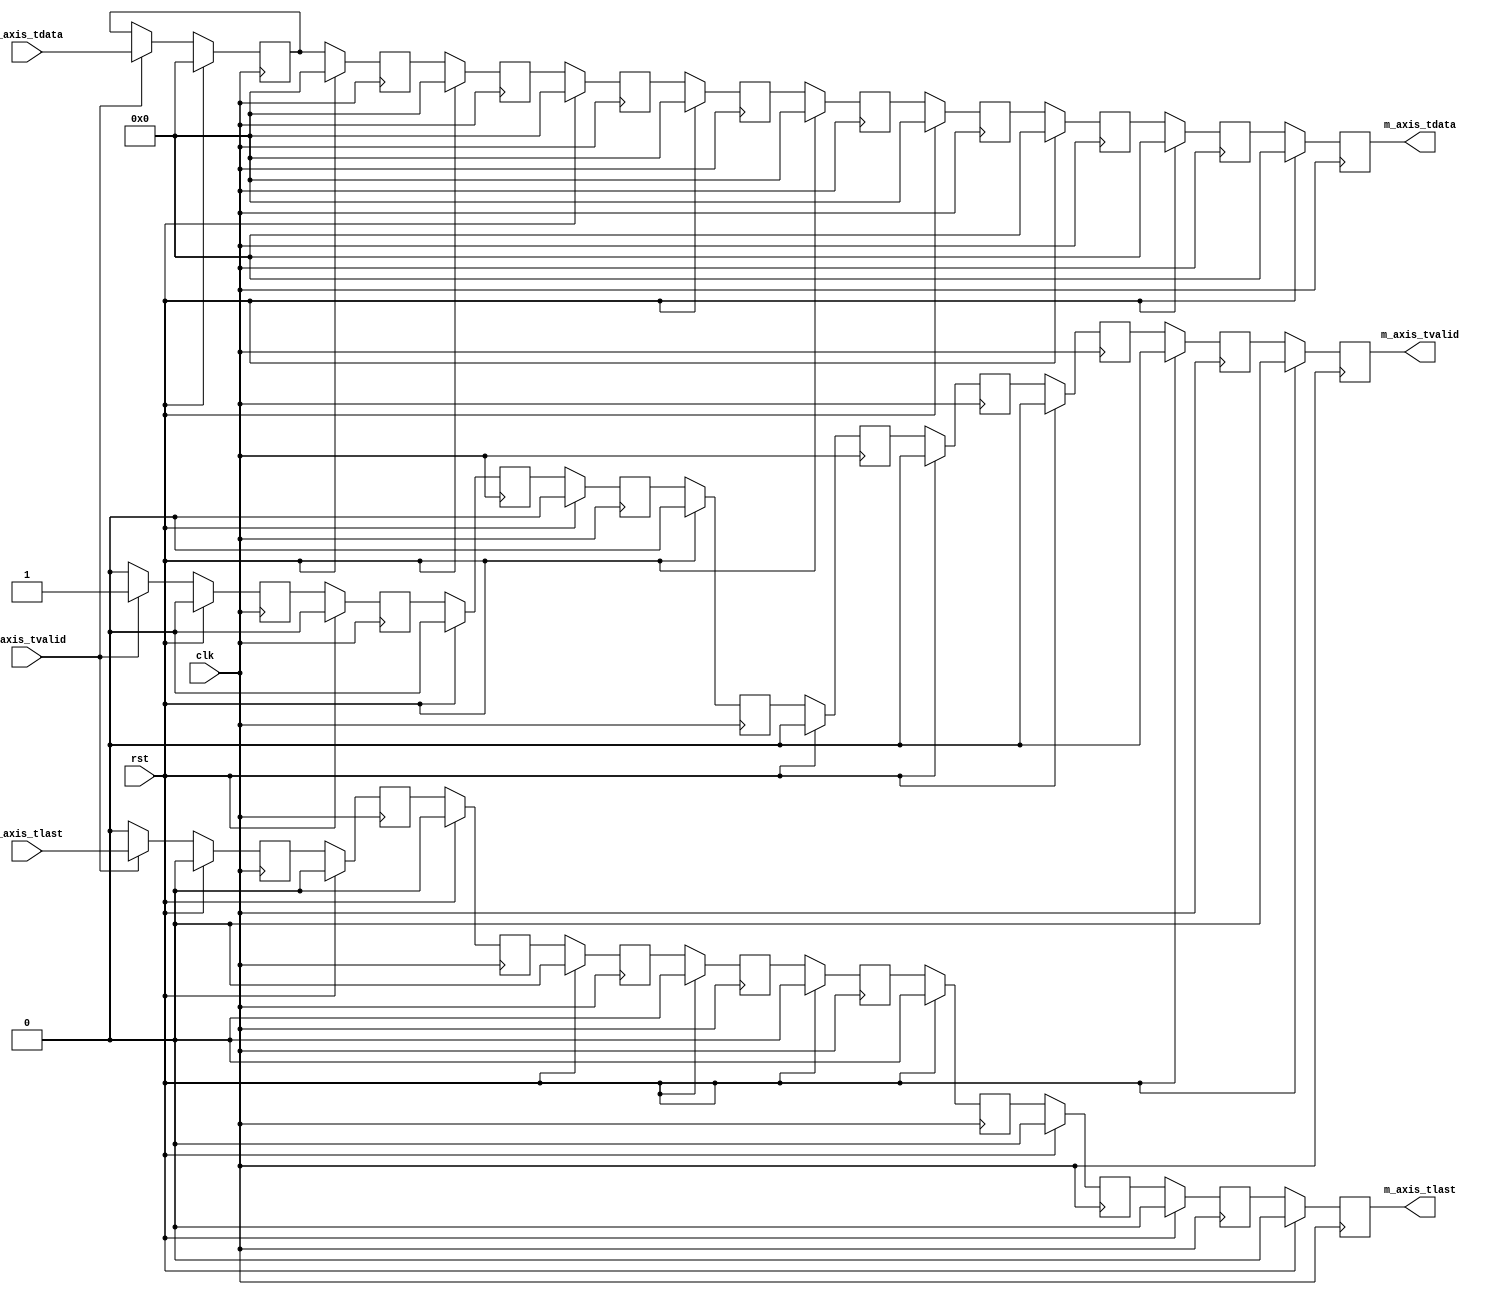
/*

Project: Lightning: A Reconfigurable Photonic-Electronic SmartNIC for Fast and Energy-Efficient Inference
Author: Zhizhen Zhong (zhizhenz@mit.edu)
Start Time: April 2022

*/

// Language: Verilog 2001

`resetall
`timescale 1ns / 1ps
`default_nettype none


module axis_delay # (
    parameter DATA_WIDTH = 8,
    parameter LATENCY = 10
)(
    input wire clk,
    input wire rst,

    input wire [DATA_WIDTH-1:0] s_axis_tdata,
    input wire s_axis_tvalid,
    input wire s_axis_tlast,

    output wire [DATA_WIDTH-1:0] m_axis_tdata,
    output wire m_axis_tvalid,
    output wire m_axis_tlast
);
    integer i;

    reg [DATA_WIDTH-1:0] tdata[LATENCY-1:0];
    reg tvalid[LATENCY-1:0];
    reg tlast[LATENCY-1:0];
    
    assign m_axis_tdata = tdata[LATENCY-1];
    assign m_axis_tvalid = tvalid[LATENCY-1];
    assign m_axis_tlast = tlast[LATENCY-1];

    always @ (posedge clk)
        if (rst) begin
            for (i = 0; i < LATENCY; i=i+1) begin
                tdata[i] <= {DATA_WIDTH{1'b0}};
                tvalid[i] <= 1'b0;
                tlast[i] <= 1'b0;
            end
        end else begin
            if (s_axis_tvalid) begin
                tdata[0] <= s_axis_tdata;
                tvalid[0] <= 1'b1;
                tlast[0] <= s_axis_tlast;
            end else begin
                tvalid[0] <= 1'b0;
                tlast[0] <= 1'b0;
            end

            // delay tdata and tvalid
            for (i = 1; i < LATENCY; i=i+1) begin
                tdata[i] <= tdata[i-1];
                tvalid[i] <= tvalid[i-1];
                tlast[i] <= tlast[i-1];
            end
        end

endmodule


`resetall